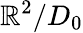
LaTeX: \mathbb{R}^{2}/D_{0}